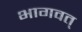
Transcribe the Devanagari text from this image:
भागवत्‌